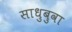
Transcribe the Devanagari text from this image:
साधुबुवा